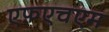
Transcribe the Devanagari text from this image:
एफ़एचएम